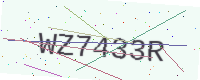
Text: WZ7433R